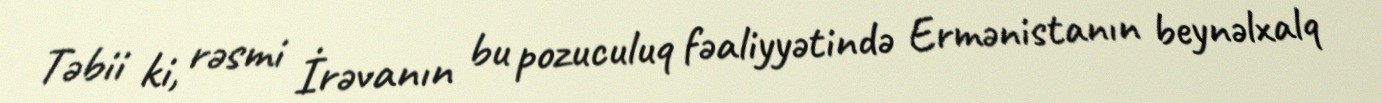
Təbii ki, rəsmi İrəvanın bu pozuculuq fəaliyyətində Ermənistanın beynəlxalq